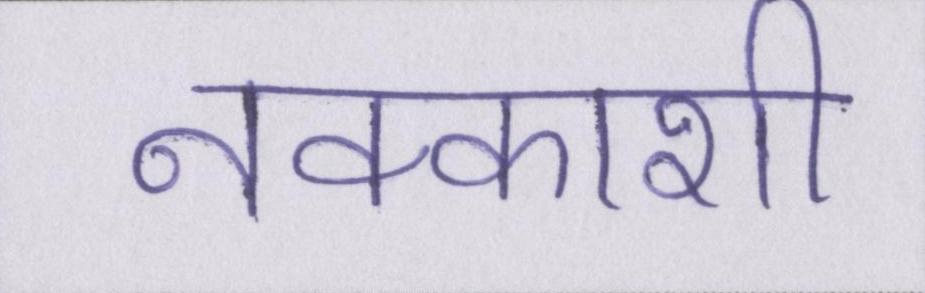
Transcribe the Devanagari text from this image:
नक्काशी